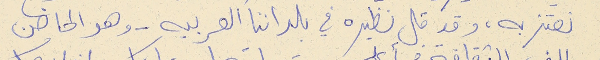
نعتز به، وقد قل نظيره في بلداننا العربيه - وهو الحاضن